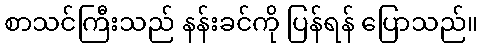
စာသင်ကြီးသည် နန်းခင်ကို ပြန်ရန် ပြောသည်။